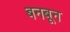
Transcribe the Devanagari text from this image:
बनबून